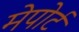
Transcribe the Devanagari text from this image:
मेपोर्ट